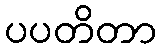
ပပတိတာ